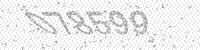
Solution: 078599